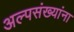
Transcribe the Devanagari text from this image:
अल्पसंख्यांना